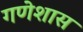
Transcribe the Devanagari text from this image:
गणेशास